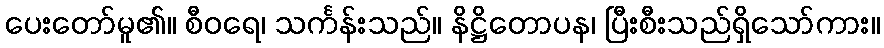
ပေးတော်မူ၏။ စီဝရေ၊ သင်္ကန်းသည်။ နိဋ္ဌိတောပန၊ ပြီးစီးသည်ရှိသော်ကား။